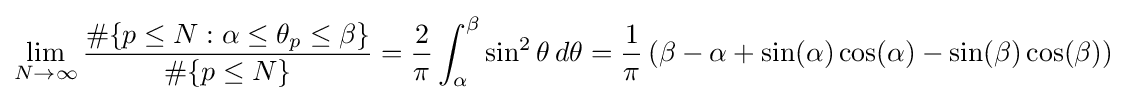
\lim _{N\to \infty }{\frac {\#\{p\leq N:\alpha \leq \theta _{p}\leq \beta \}}{\#\{p\leq N\}}}={\frac {2}{\pi }}\int _{\alpha }^{\beta }\sin ^{2}\theta \,d\theta ={\frac {1}{\pi }}\left(\beta -\alpha +\sin(\alpha )\cos(\alpha )-\sin(\beta )\cos(\beta )\right)